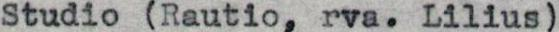
Studio (Rautio, rva. Lilius)